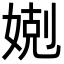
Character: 𡞢